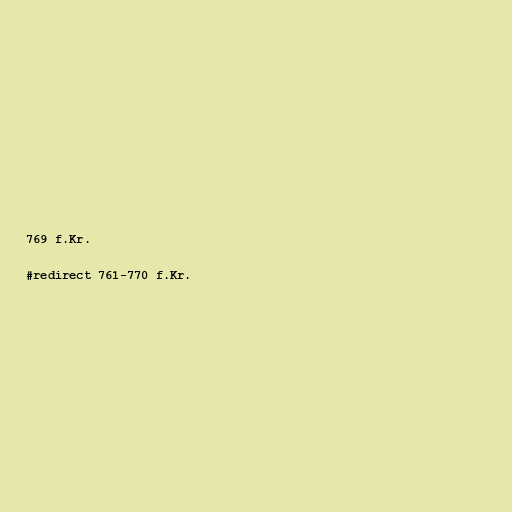
769 f.Kr.

#redirect 761-770 f.Kr.